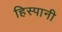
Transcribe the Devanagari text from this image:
हिस्पानी